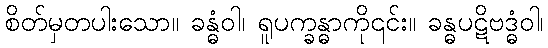
စိတ်မှတပါးသော။ ခန္ဓံဝါ၊ ရူပက္ခန္ဓာကို၎င်း။ ခန္ဓပဋိဗဒ္ဓံဝါ၊